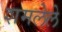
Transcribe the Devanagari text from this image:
शमलेले